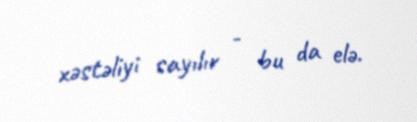
xəstəliyi sayılır - bu da elə.